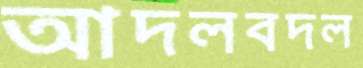
আদলবদল